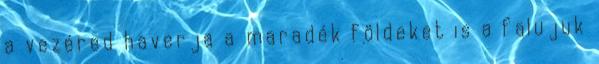
a vezéred haverja a maradék földeket is a falujuk